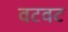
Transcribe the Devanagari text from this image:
वटवट